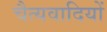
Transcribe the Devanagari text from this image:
चैत्यवादियों